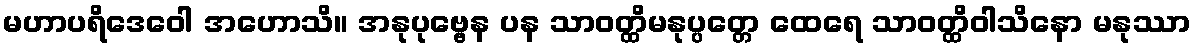
မဟာပရိဒေဝေါ အဟောသိ။ အနုပုဗ္ဗေန ပန သာဝတ္ထိမနုပ္ပတ္တေ ထေရေ သာဝတ္ထိဝါသိနော မနုဿာ